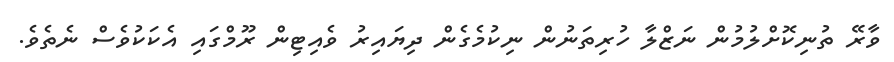
ވާރޭ ތުނިކޮށްލުމުން ނަޒްލާ ހުރިތަނުން ނިކުމެގެން ދިޔައިރު ވެއިޓިން ރޫމްގައި އެކަކުވެސް ނެތެވެ.